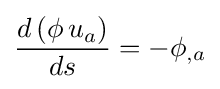
{\frac {d\left(\phi \,u_{a}\right)}{ds}}=-\phi _{,a}